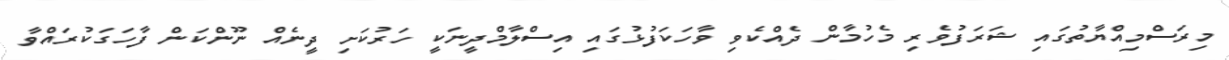
މިރަސްމިއްޔާތުގައި ޝަރަފުވެރި މެހުމާން ދެއްކެވި ވާހަކަފުޅުގައި އިސްލާމްދީނަކީ ހަރުކަށި ދީނެއް ނޫންކަން ފާހަގަކުރައްވާ